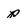
Character: p